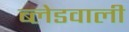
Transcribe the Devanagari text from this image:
ब्लेडवाली